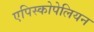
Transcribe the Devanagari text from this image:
एपिस्कोपेलियन